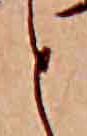
と